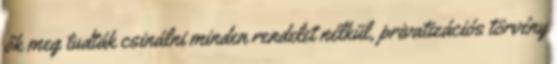
ők meg tudták csinálni minden rendelet nélkül, privatizációs törvény